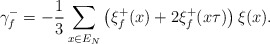
\begin{align*}\gamma_f^- = -\frac13 \sum_{x \in E_N} \left(\xi_f^+(x)+2\xi_f^+(x \tau)\right) \xi(x).\end{align*}